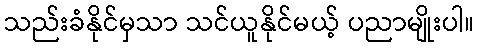
သည်းခံနိုင်မှသာ သင်ယူနိုင်မယ့် ပညာမျိုးပါ။